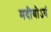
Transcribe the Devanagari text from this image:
मदीयोऽयं